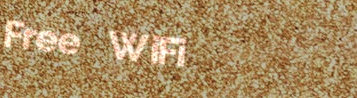
Free WiFi